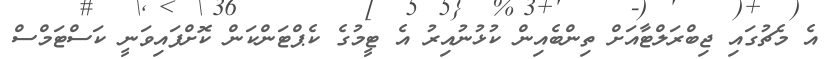
އެ މެޗުގައި ޖިބްރަލްޓާއަށް ތިންބެއިން ކުޅުނުއިރު އެ ޓީމުގެ ކެޕްޓަންކަން ކޮށްފައިވަނީ ކަސްޓަމްސް